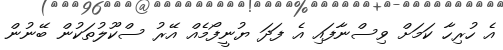
އެ ހުރިހާ ކަމަށް ވިސްނާފައި އެ ފަދަ ޔުނީފޯމެއް އޭރު ސްކޫލުތަކުން ބޭނުން